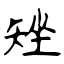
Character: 矬